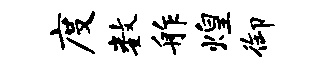
度数舴煌御